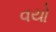
વયો